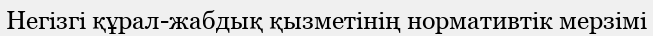
Негізгі құрал-жабдық қызметінің нормативтік мерзімі